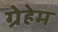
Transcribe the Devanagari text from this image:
ग्रेहेम